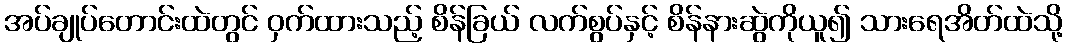
အပ်ချုပ်တောင်းထဲတွင် ဝှက်ထားသည့် စိန်ခြယ် လက်စွပ်နှင့် စိန်နားဆွဲကိုယူ၍ သားရေအိတ်ထဲသို့